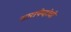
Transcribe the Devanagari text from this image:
सारायेव्होची